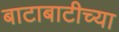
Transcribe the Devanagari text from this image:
बाटाबाटीच्या